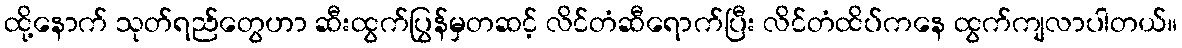
ထို့နောက် သုတ်ရည်တွေဟာ ဆီးထွက်ပြွန်မှတဆင့် လိင်တံဆီရောက်ပြီး လိင်တံထိပ်ကနေ ထွက်ကျလာပါတယ်။